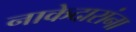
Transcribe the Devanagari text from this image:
नाकेदारांना